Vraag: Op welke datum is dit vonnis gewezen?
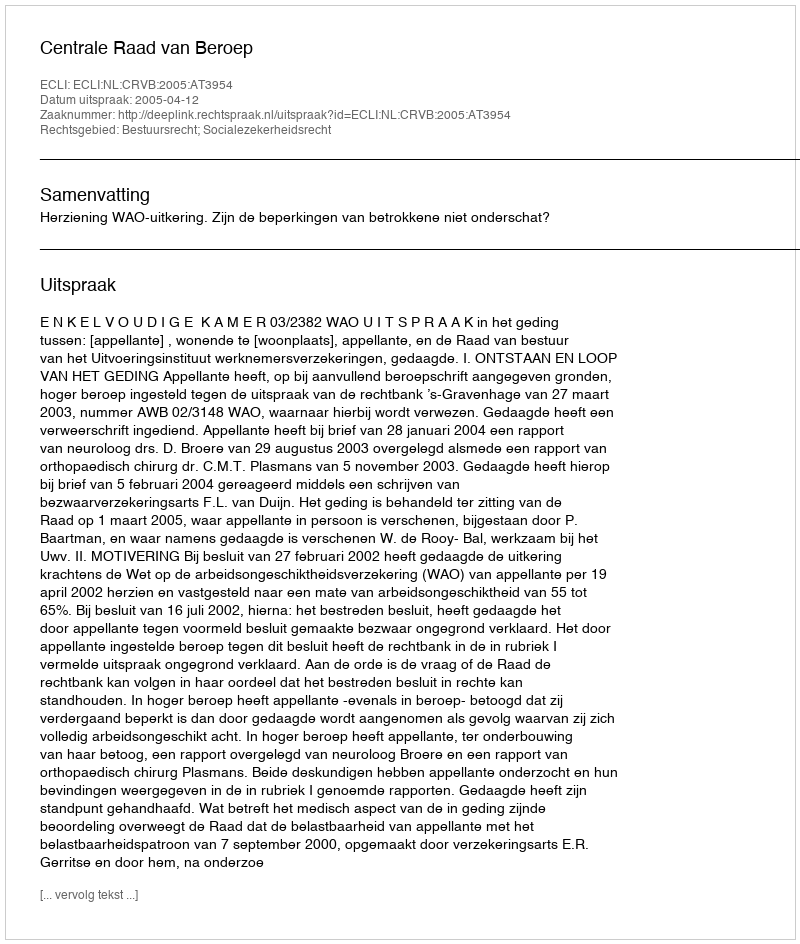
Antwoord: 2005-04-12